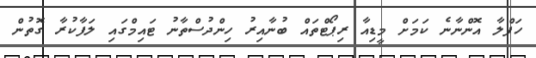
ހަފްލާ އޮންނާނެ ކަމަށް މީޑިއާ ރިޕޯޓްތައް ބުނާއިރު ހިންދުސްތާނު ޓައިމްގައި ލަފާކުރާ ގޮތުން